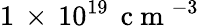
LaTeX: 1\, \times\, 10^{19}\, \mathrm{~c~m~}^{-3}